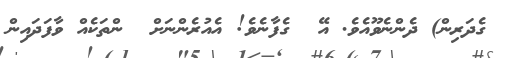
ގެދަރިން) ދެންނެވޫއެވެ. އޭ  ގެފާނެވެ! އެއުރެންނަށް  ންތަކެއް ވާފަދައިން